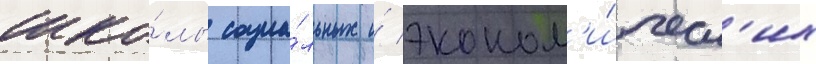
шко́лы социа́льных и́ эконом'и́ческ'их